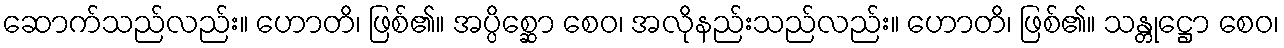
ဆောက်သည်လည်း။ ဟောတိ၊ ဖြစ်၏။ အပ္ပိစ္ဆော စေဝ၊ အလိုနည်းသည်လည်း။ ဟောတိ၊ ဖြစ်၏။ သန္တုဋ္ဌော စေဝ၊